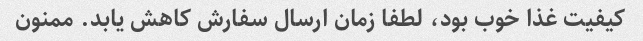
کیفیت غذا خوب بود، لطفا زمان ارسال سفارش کاهش یابد. ممنون